Elephants and their diseases
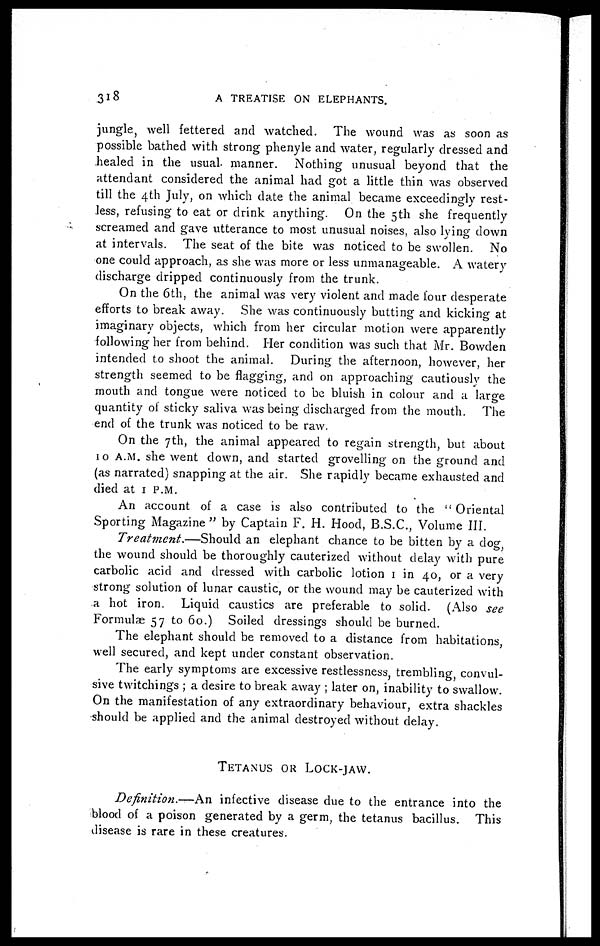
318
A TREATISE ON ELEPHANTS.
jungle, well fettered and watched. The wound was as soon as
possible bathed with strong phenyle and water, regularly dressed and
healed in the usual manner. Nothing unusual beyond that the
attendant considered the animal had got a little thin was observed
till the 4th July, on which date the animal became exceedingly rest-
less, refusing to eat or drink anything. On the 5th she frequently
screamed and gave utterance to most unusual noises, also lying down
at intervals. The seat of the bite was noticed to be swollen. No
one could approach, as she was more or less unmanageable. A watery
discharge dripped continuously from the trunk.
On the 6th, the animal was very violent and made four desperate
efforts to break away. She was continuously butting and kicking at
imaginary objects, which from her circular motion were apparently
following her from behind. Her condition was such that Mr. Bowden
intended to shoot the animal. During the afternoon, however, her
strength seemed to be flagging, and on approaching" cautiously the
mouth and tongue were noticed to be bluish in colour and a large
quantity of sticky saliva was being discharged from the mouth. The
end of the trunk was noticed to be raw.
On the 7th, the animal appeared to regain strength, but about
10 A.M. she went down, and started grovelling on the ground and
(as narrated) snapping at the air. She rapidly became exhausted and
died at 1 P.M.
An account of a case is also contributed to the " Oriental
Sporting Magazine " by Captain F. H. Hood, B.S.C., Volume III.
Treatment.—Should
an elephant chance to be bitten by a dog,
the wound should be thoroughly cauterized without delay with pure
carbolic acid and dressed with carbolic lotion 1 in 40, or a very
strong solution of lunar caustic, or the wound may be cauterized with
a hot iron. Liquid caustics are preferable to solid. (Also see
Formulae 57 to 60.) Soiled dressings should be burned.
The elephant should be removed to a distance from habitations,
well secured, and kept under constant observation.
The early symptoms are excessive restlessness, trembling, convul-
sive twitchings ; a desire to break away ; later on, inability to swallow.
On the manifestation of any extraordinary behaviour, extra shackles
should be applied and the animal destroyed without delay.
TETANUS OR LOCK-JOW.
Definition.—An
infective disease due to the entrance into the
blood of a poison generated by a germ, the tetanus bacillus. This
disease is rare in these creatures.